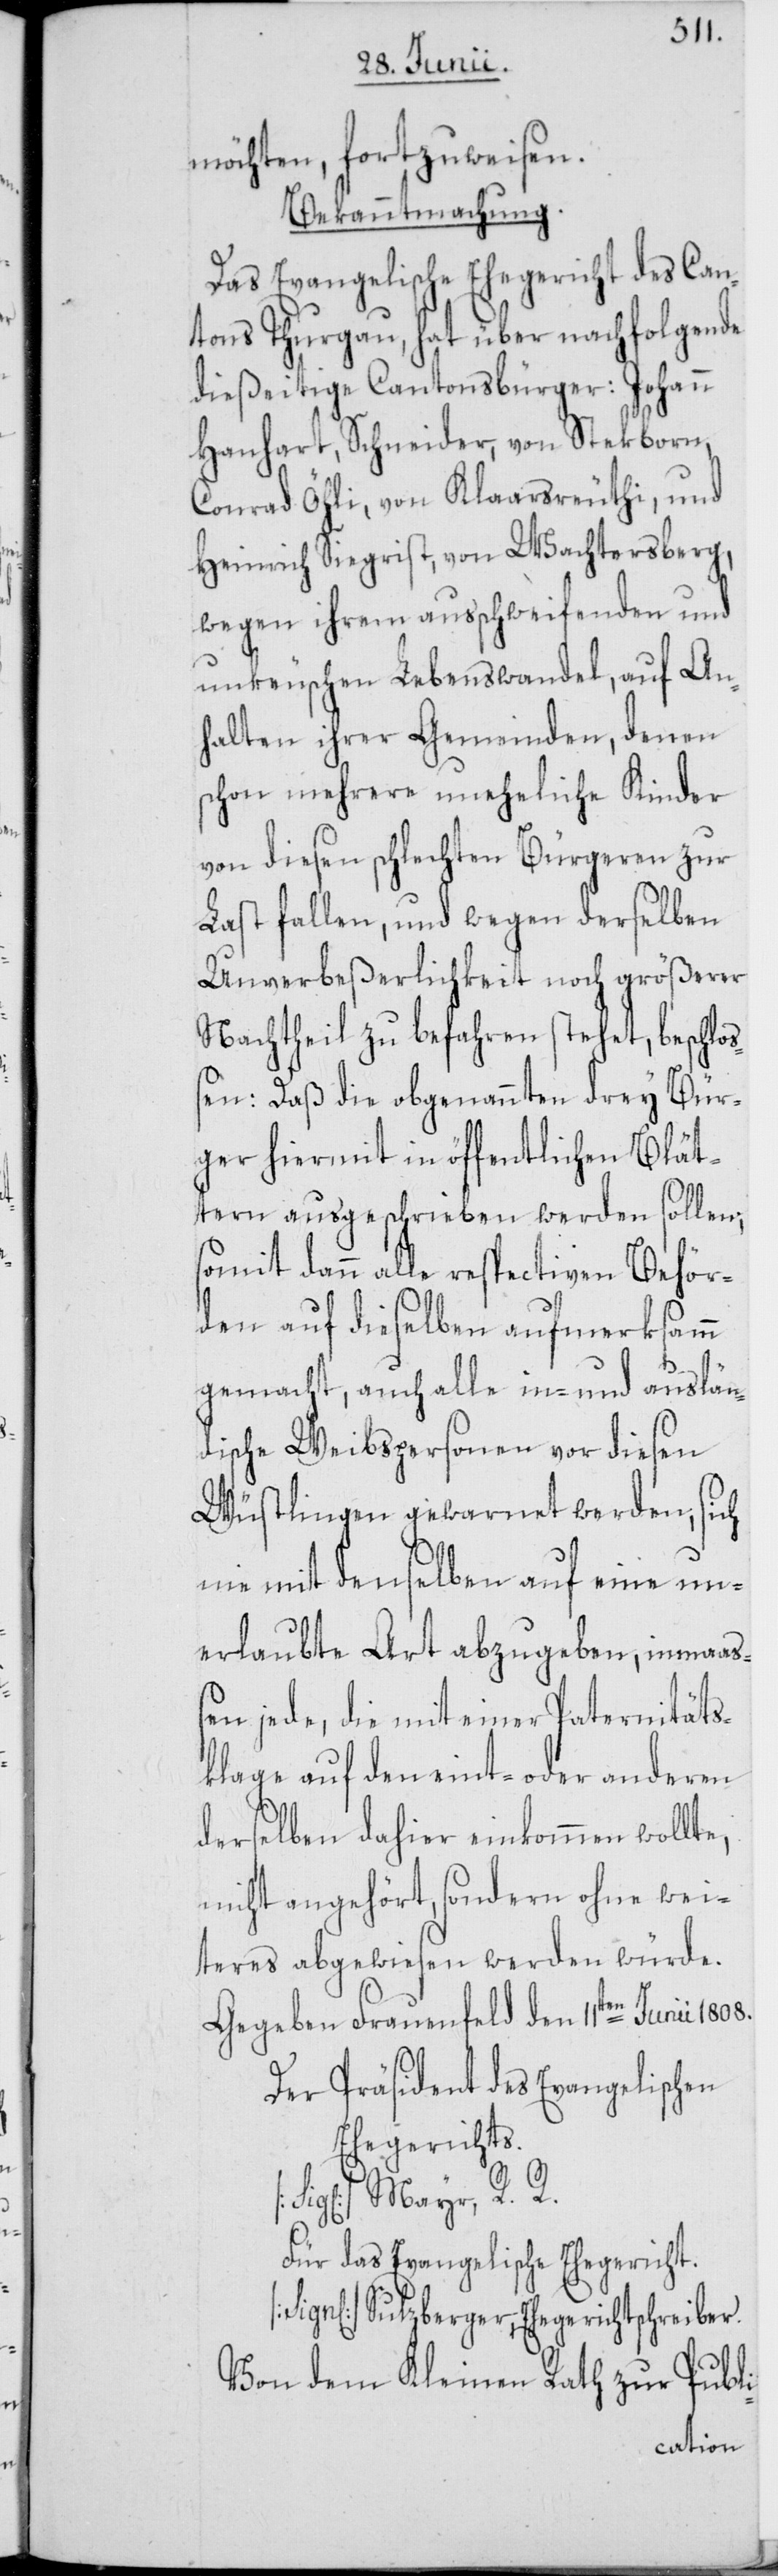
möchten, fortzuweisen.
Bekanntmachung.
Das Evangelische Ehegericht des Can¬
tons Thurgau, hat über nachfolgende
dießeitige Cantonsbürger: Johann
Hanhart, Schneider, von Stekborn,
Conrad Öhli, von Klaarsreuthi, und
Heinrich Siegrist, von Wachtersberg,
wegen ihrem ausschweifenden und
unkeuschen Lebenswandel, auf An¬
halten ihrer Gemeinden, denen
schon mehrere uneheliche Kinder
von diesen schlechten Bürgeren zur
Last fallen, und wegen derselben
Unverbeßerlichkeit noch größerer
Nachtheil zu befahren stehet, beschlo¬
ßen: Daß die obgenannten drey Bür¬
ger hiermit in öffentlichen Blät¬
tern ausgeschrieben werden sollen;
somit dann alle respectiven Behör¬
den auf dieselben aufmerksamm
gemacht, auch alle in- und auslän¬
dische Weibspersonen vor diesen
Wüstlingen gewarnet werden, sich
nie mit denselben auf eine un¬
erlaubte Art abzugeben, inmaaß¬
en jede, die mit einer Paternitäts¬
klage auf den eint- oder anderen
derselben dahier einkommen wollte,
nicht angehört, sondern ohne wei¬
teres abgewiesen werden würde.
Gegeben Frauenfeld den 11ten Junii
Der Präsident des Evangelischen
Ehegerichts.
Mayr, R. R.
Für das Evangelische Ehegericht.
Sulzberger, Ehegerichtschreiber.
Von dem Kleinen Rath zur Publi-